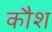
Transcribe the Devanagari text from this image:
कौश